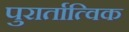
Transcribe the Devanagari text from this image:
पुरार्तात्विक